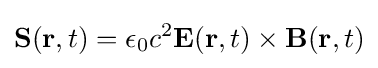
\mathbf {S} (\mathbf {r} ,t)=\epsilon _{0}c^{2}\mathbf {E} (\mathbf {r} ,t)\times \mathbf {B} (\mathbf {r} ,t)